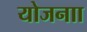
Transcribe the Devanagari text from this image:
योजनाा